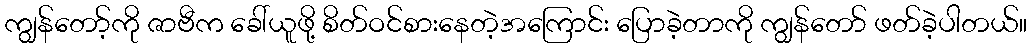
ကျွန်တော့်ကို ဇာဗီက ခေါ်ယူဖို့ စိတ်ဝင်စားနေတဲ့အကြောင်း ပြောခဲ့တာကို ကျွန်တော် ဖတ်ခဲ့ပါတယ်။